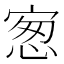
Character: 𰍋